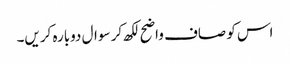
اس کو صاف واضح لکھ کر سوال دوبارہ کریں۔